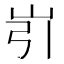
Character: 𱛐